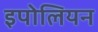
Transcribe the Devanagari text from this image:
इपोलियन